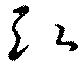
弘